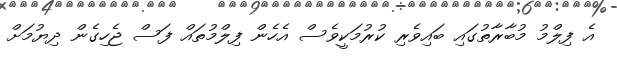
އެ ފިލްމު މުބާރާތުގައި ބައިވެރި ކުރުމަކީވެސް އެހެން ފިލްމުތައް ފަސް ޖެހިގެން ދިޔުމަށް